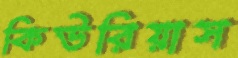
কিউরিয়াস